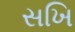
સખિ